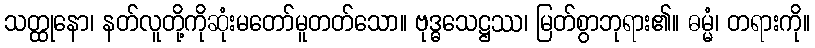
သတ္ထုနော၊ နတ်လူတို့ကိုဆုံးမတော်မူတတ်သော။ ဗုဒ္ဓသေဋ္ဌဿ၊ မြတ်စွာဘုရား၏။ ဓမ္မံ၊ တရားကို။